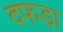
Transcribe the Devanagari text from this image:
दफड़ा